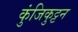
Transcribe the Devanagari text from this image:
कुंजिकुट्टन